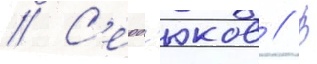
// С'ерд'юков // В